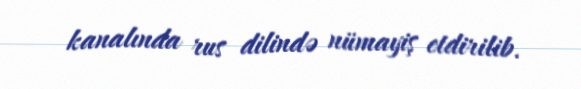
kanalında rus dilində nümayiş etdirilib.